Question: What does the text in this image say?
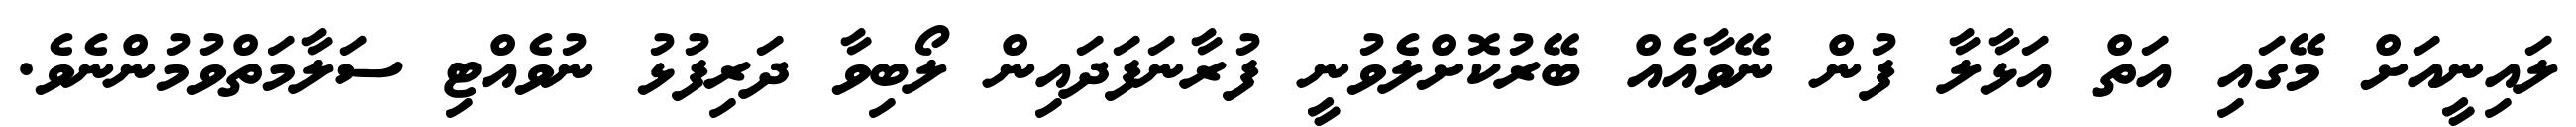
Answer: ލައިނީއަށް މޭގައި އަތް އަޅާލާ ފުން ނޭވާއެއް ބޭރުކޮށްލެވުނީ ފުރާނަފަދައިން ލޯބިވާ ދަރިފުޅު ނުވެއްޓި ސަލާމަތްވުމުންނެވެ.